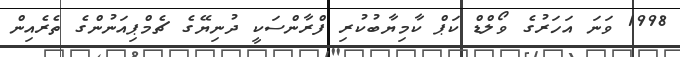
1998 ވަނަ އަހަރުގެ ވޯލްޑް ކަޕް ކާމިޔާބުކުރި ފްރާންސަކީ ދުނިޔޭގެ ޗެމްޕިއަނުންގެ ތެރެއިން